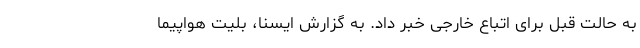
به حالت قبل برای اتباع خارجی خبر داد. به گزارش ایسنا، بلیت هواپیما